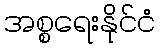
အစ္စရေးနိုင်ငံ